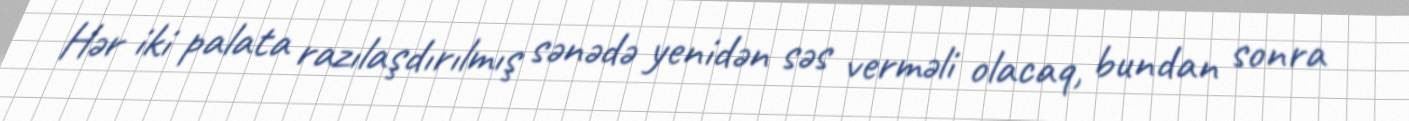
Hər iki palata razılaşdırılmış sənədə yenidən səs verməli olacaq, bundan sonra